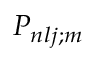
P _ { n l j ; m }